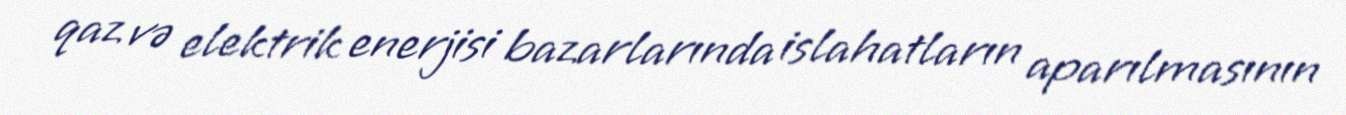
qaz və elektrik enerjisi bazarlarında islahatların aparılmasının